system: You are a helpful assistant.
user:
Analyze the provided spectrum to determine if it is a **M-type Giant (gM)**.

A M-type Giant spectrum is defined by its **strong molecular absorption** features, particularly from **Titanium Oxide (TiO)**. You must check for one of the following mutually exclusive signatures:

- **Key Visual Indicators (Absorption-Dominated Spectrum):**

    - **(Primary):** The spectrum is dominated by strong molecular absorption from **Titanium Oxide (TiO)**. This is the **defining feature** of its M-type temperature class.
        - **(Key Bandheads):** Look for sharp, "saw-tooth" absorption valleys. The strongest are located near **~7050 Å**, **~6160 Å**, and **~5170 Å**.
        - **(Line Profile):** The "saw-tooth" morphology is critical: a **sharp, steep drop on the BLUE (short-wavelength) side** of the bandhead, followed by a gradual recovery (rising flux) towards the RED (long-wavelength) side.

    - **(Key Confirmation - Giant vs. Dwarf):** **ABSENCE** of strong **Calcium Hydride (CaH)** molecular bands. This is the primary diagnostic for *excluding* M-dwarfs.
        - **(Key Region):** The spectrum should lack the strong, broad absorption band seen in dwarfs between **~6800 Å and ~7000 Å**.

    - **(Secondary Confirmation - Giant):** A very strong and broad **Neutral Calcium (Ca I)** atomic absorption line.
        - **(Key Line):** Located at **~4226 Å**. In a giant (gM), this line is significantly deeper and broader than the same line in an M-dwarf (dM) due to low surface gravity.

    - **(Overall Spectrum):**
        - The continuum is **extremely red-sloping** (i.e., flux is very low in the blue and rises dramatically towards the red).
        - The entire spectrum appears "chopped up" by the deep TiO bands.

Think first, call **spectral_visualization_tool** if needed to examine features in detail, then provide your final answer. Your response must adhere to the following strict rules:
1.  **Overall Structure:** Your response must follow the format `<think>...</think> <tool_call>...</tool_call> (if a tool is used) <answer>...</answer>`.
2.  **Tool Usage Constraint:** You may only make **one** tool call per turn.
3.  **Final Answer Format:** In the `<answer>` tag, your conclusion must be inside a `\boxed{}` command (e.g., `\boxed{YES}` or `\boxed{NO}`), followed by your justification.

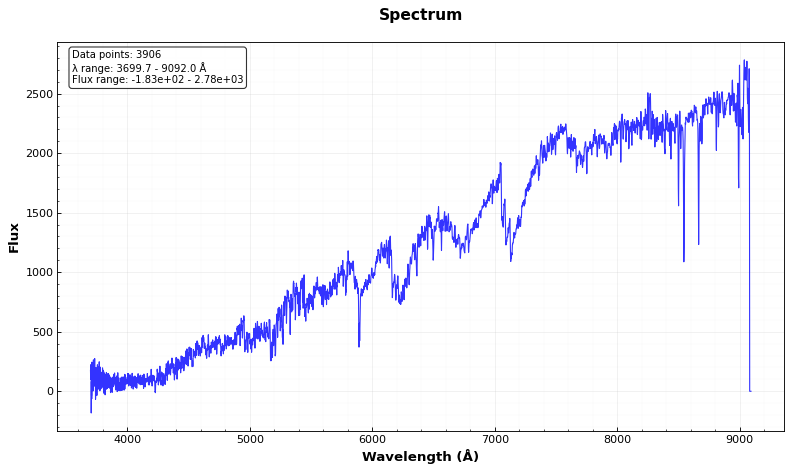
Answer: YES